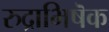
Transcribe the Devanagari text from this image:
रुद्राभिषॆक